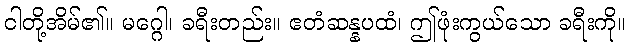
ငါတို့အိမ်၏။ မဂ္ဂေါ၊ ခရီးတည်း။ ဧတံဆန္နပထံ၊ ဤဖုံးကွယ်သော ခရီးကို။